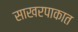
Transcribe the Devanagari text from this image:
साखरपाकात